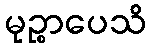
မုဉ္စာပေသိ